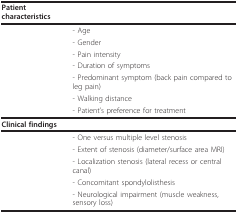
<table><thead><tr><td><b>Patient characteristics</b></td><td></td></tr></thead><tbody><tr><td></td><td>- Age</td></tr><tr><td></td><td>- Gender</td></tr><tr><td></td><td>- Pain intensity</td></tr><tr><td></td><td>- Duration of symptoms</td></tr><tr><td></td><td>- Predominant symptom (back pain compared to leg pain)</td></tr><tr><td></td><td>- Walking distance</td></tr><tr><td></td><td>- Patient&#x27;s preference for treatment</td></tr><tr><td><b>Clinical findings</b></td><td></td></tr><tr><td></td><td>- One versus multiple level stenosis</td></tr><tr><td></td><td>- Extent of stenosis (diameter/surface area MRI)</td></tr><tr><td></td><td>- Localization stenosis (lateral recess or central canal)</td></tr><tr><td></td><td>- Concomitant spondylolisthesis</td></tr><tr><td></td><td>- Neurological impairment (muscle weakness, sensory loss)</td></tr></tbody></table>